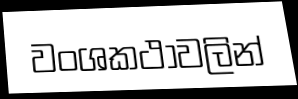
වංශකථාවලින්